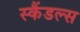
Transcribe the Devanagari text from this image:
स्‍कैंडल्‍स